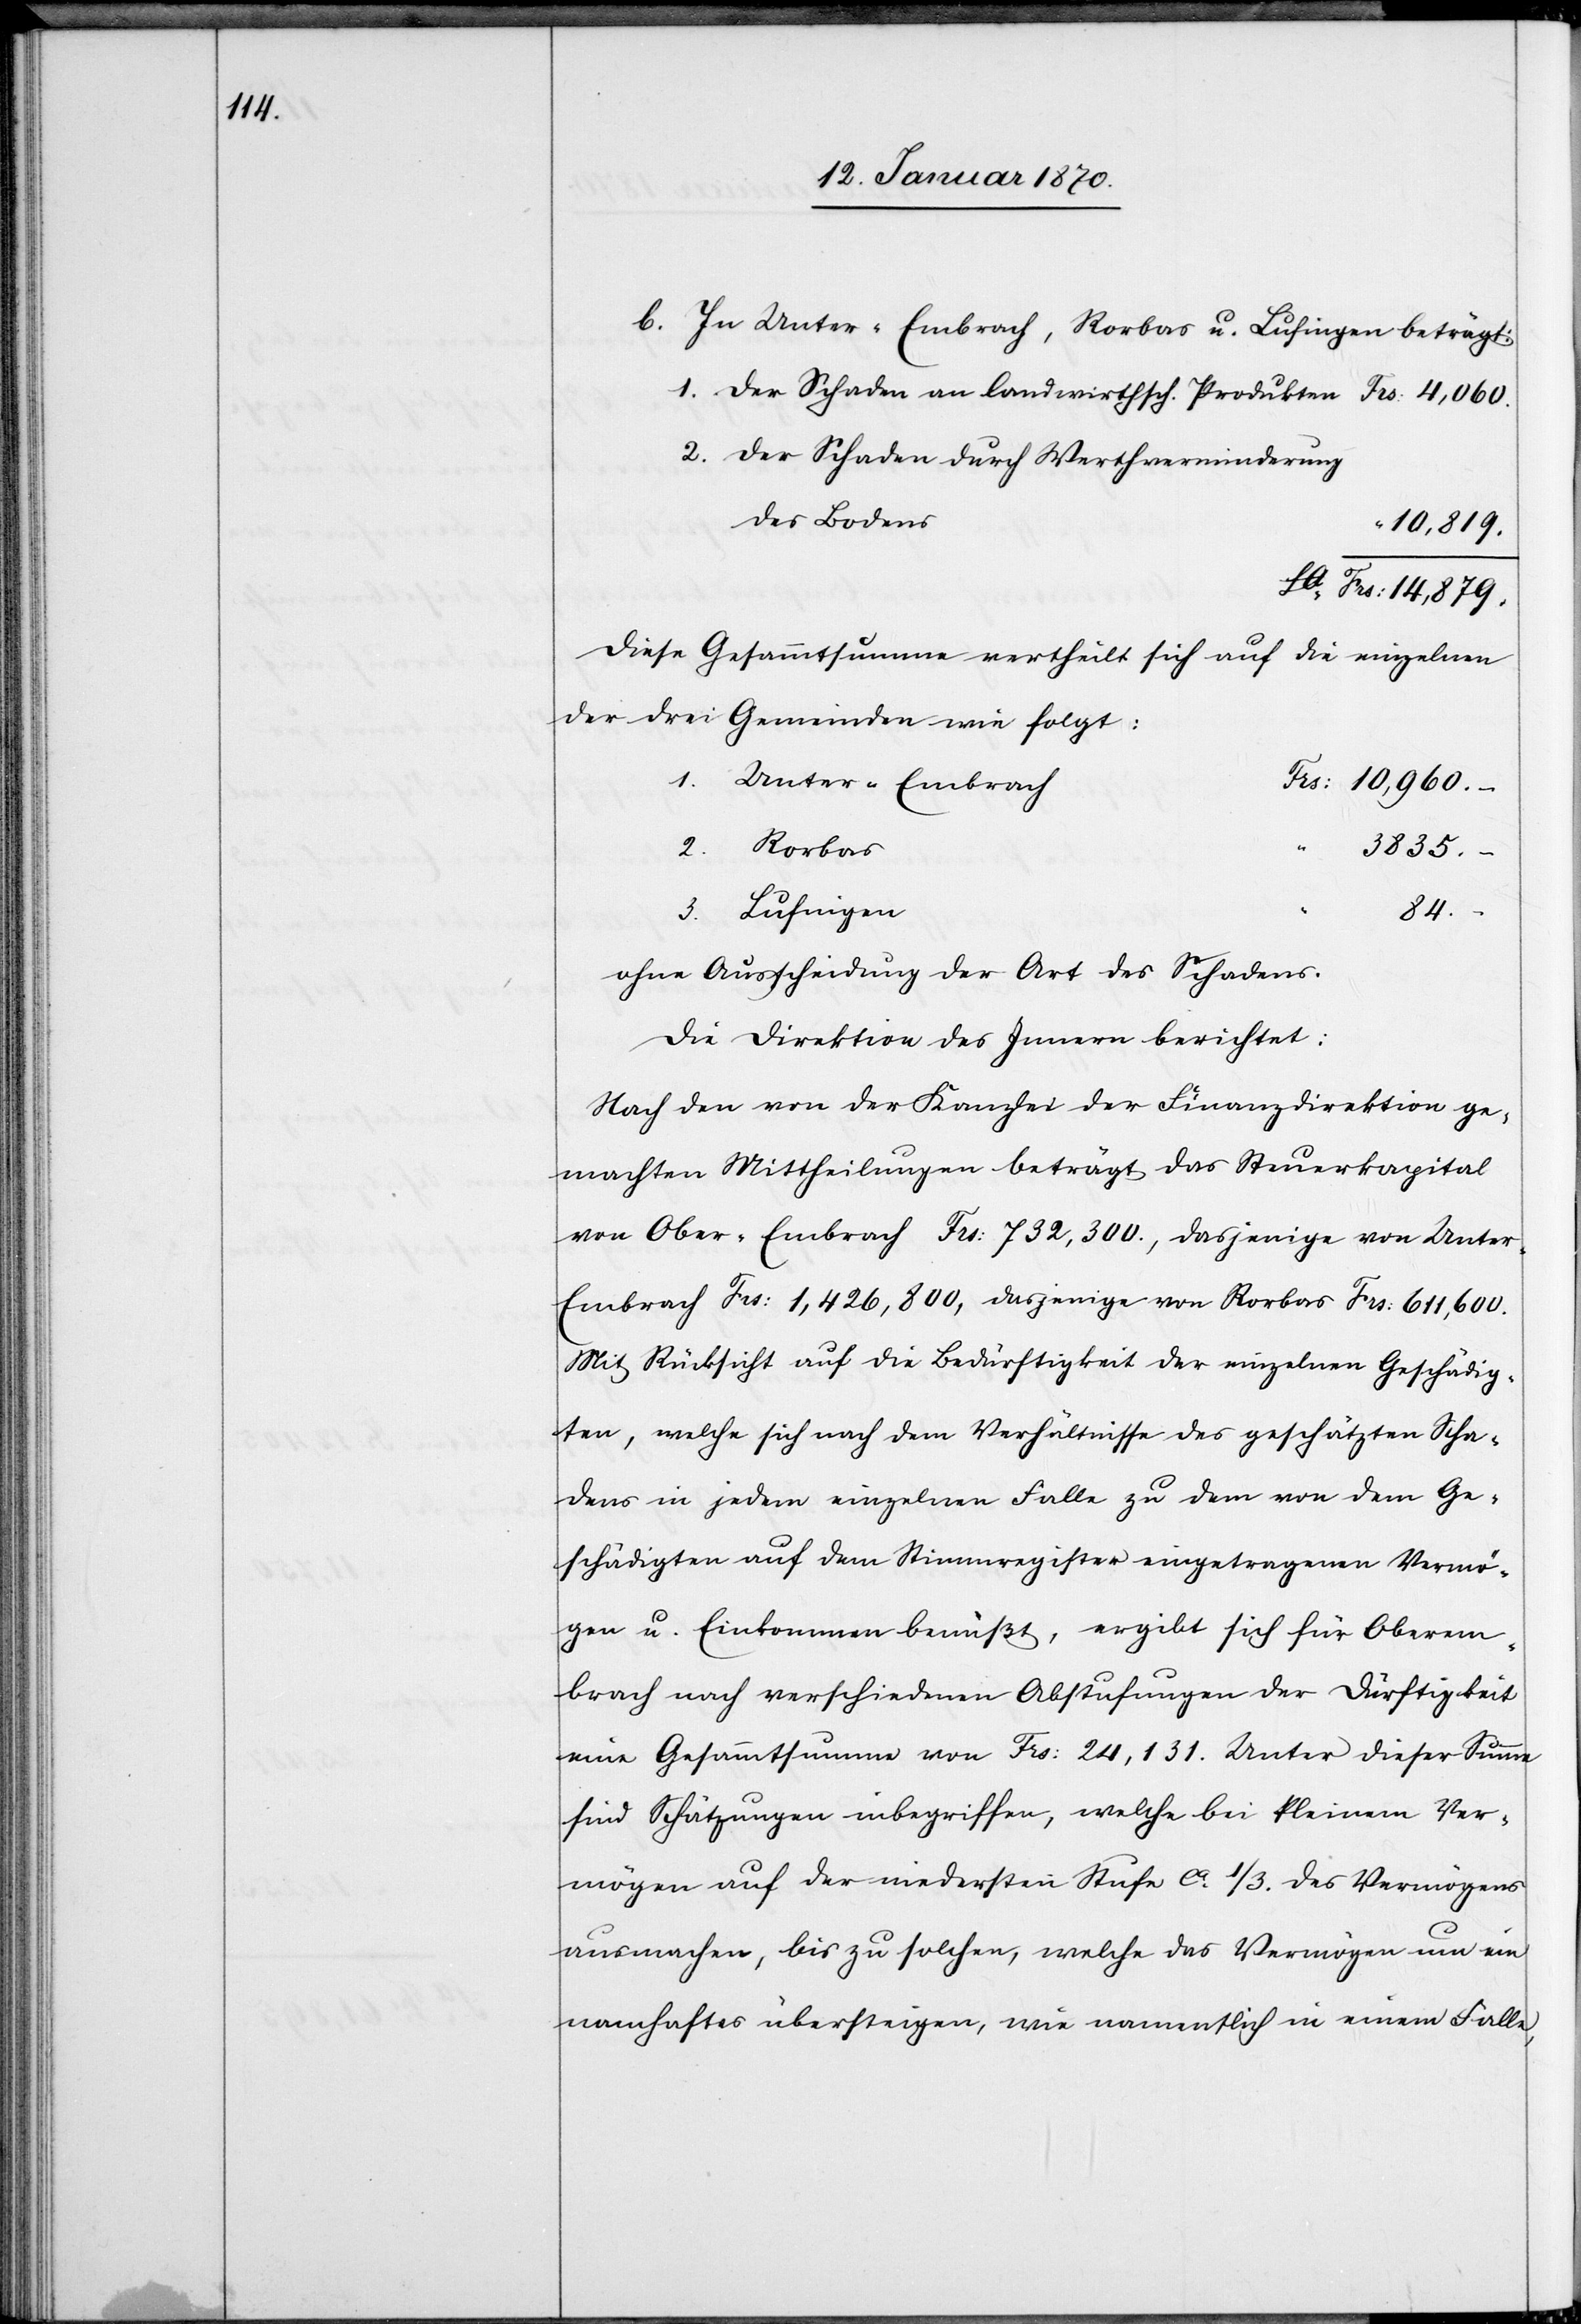
b In Unter-Embrach, Rorbas u. Lufingen beträgt:
1. der Schaden an landwirthsch. Produkten					Frs. 4,060.
2. der Schaden durch Werthverminderung
10,819.
Sa Frs:14,879.
Diese Gesammtsumme vertheilt sich auf die einzelnen
der drei Gemeinden wie folgt:
Frs: 10,960.–
3835.–
“
84.–
3.
ohne Ausscheidung der Art des Schadens.
Die Direktion des Innern berichtet:
Nach den von der Kanzlei der Finanzdirektion ge¬
machten Mittheilungen beträgt das Steuerkapital
von Ober-Embrach Frs: 732,300., dasjenige von Unte¬
r-Embrach Frs: 1,426,800, dasjenige von Rorbas Frs: 611,600.
Mit Rücksicht auf die Bedürftigkeit der einzelnen Geschädig¬
ten, welche sich nach dem Verhältnisse des geschätzten Scha¬
dens in jedem einzelnen Falle zu dem von dem Ge¬
schädigten auf dem Stimmregister eingetragenen Vermö¬
gen u. Einkommen bemißt, ergibt sich für Oberem¬
brach nach verschiedenen Abstufungen der Dürftigkeit
eine Gesammtsumme von Frs: 24,131. Unter dieser Summe
sind Schätzungen inbegriffen, welche bei kleinem Ver¬
mögen auf der niedersten Stufe ca 1/3. des Vermögens
ausmachen, bis zu solchen, welche das Vermögen um ein
namhaftes übersteigen, wie namentlich in einem Falle,